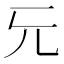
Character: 𠑶